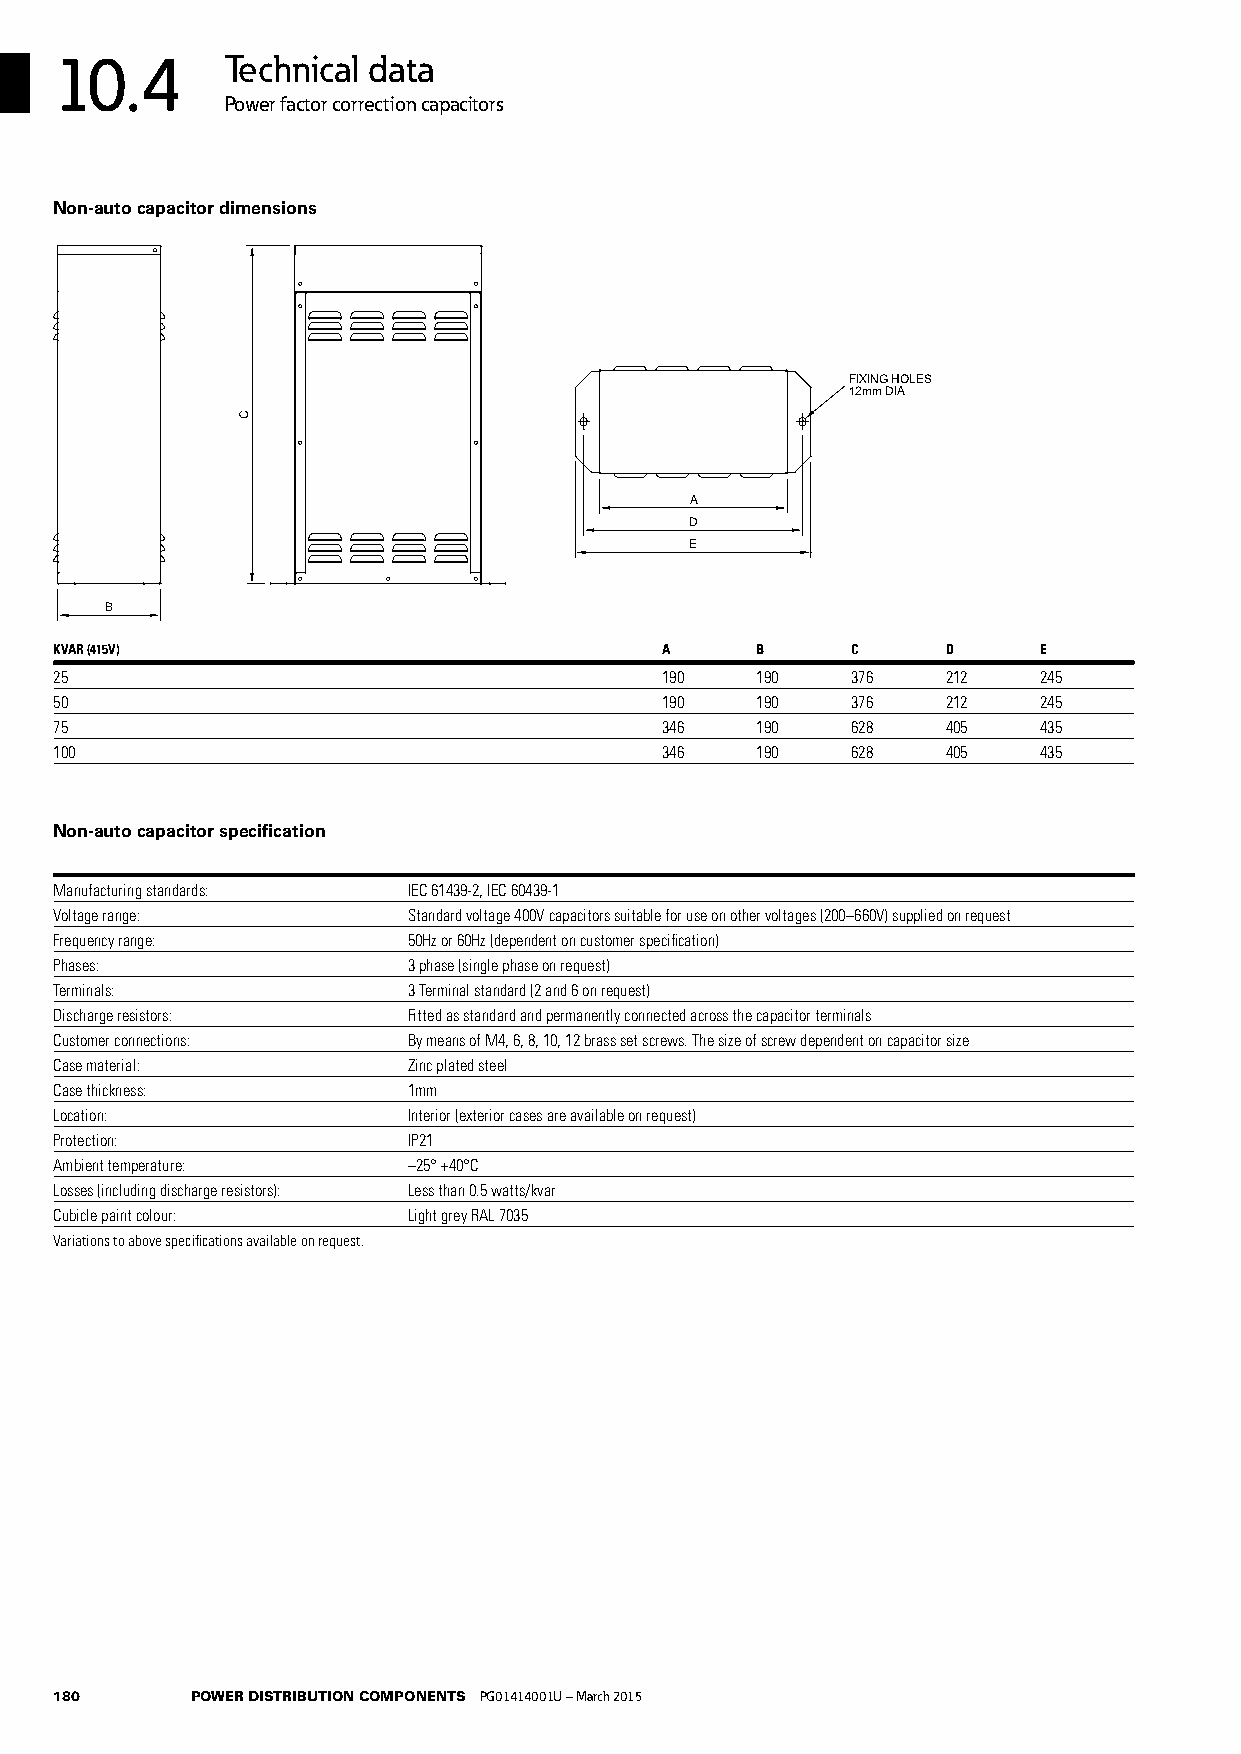
10.4       Technical data
 Power factor correction capacitors
 Non-auto capacitor dimensions
 FIXING HOLES
 12mm DIA
 A
 D
 E
 B
 KVAR (415V)                             A     B     C      D     E
 25                                      190   190   376    212   245
 50                                      190   190   376    212   245
 75                                      346   190   628    405   435
 100                                     346   190   628    405   435
 Non-auto capacitor specification
 Manufacturing standards: IEC 61439-2, IEC 60439-1
 Voltage range:         Standard voltage 400V capacitors suitable for use on other voltages (200–660V) supplied on request
 Frequency range:       50Hz or 60Hz (dependent on customer specification)
 Phases:                3 phase (single phase on request)
 Terminals:             3 Terminal standard (2 and 6 on request)
 Discharge resistors:   Fitted as standard and permanently connected across the capacitor terminals
 Customer connections:  By means of M4, 6, 8, 10, 12 brass set screws. The size of screw dependent on capacitor size
 Case material:         Zinc plated steel
 Case thickness:        1mm
 Location:              Interior (exterior cases are available on request)
 Protection:            IP21
 Ambient temperature:   –25° +40°C
 Losses (including discharge resistors): Less than 0.5 watts/kvar
 Cubicle paint colour:  Light grey RAL 7035
 Variations to above specifications available on request.
 180      POWER DISTRIBUTION COMPONENTS PG01414001U – March 2015
 C